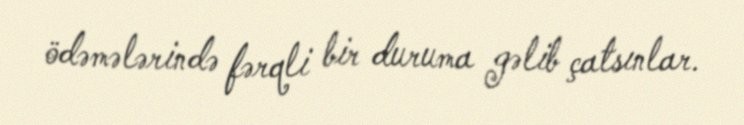
ödəmələrində fərqli bir duruma gəlib çatsınlar.